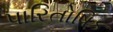
પારિતોષિક